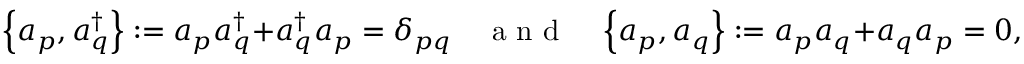
\left\{ a _ { p } , a _ { q } ^ { \dagger } { } \right\} : = a _ { p } a _ { q } ^ { \dagger } { } + a _ { q } ^ { \dagger } { } a _ { p } = \delta _ { p q } \quad \mathrm { ~ a ~ n ~ d ~ } \quad \left\{ a _ { p } , a _ { q } \right\} : = a _ { p } a _ { q } + a _ { q } a _ { p } = 0 ,